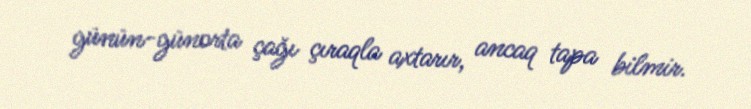
günün-günorta çağı çıraqla axtarır, ancaq tapa bilmir.